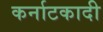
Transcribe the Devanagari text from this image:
कर्नाटकादी